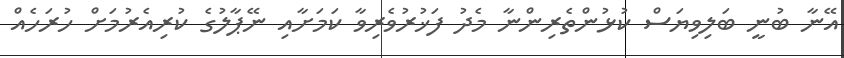
އޭނާ ބުނީ ބަލިވިޔަސް ކުޅުންތެރިންނާ މެދު ފަޚުރުވެރިވާ ކަމަށާއި ނޭޕާލުގެ ކުރިއެރުމަށް ހުރަހެއް